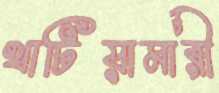
খাটিয়ামারী